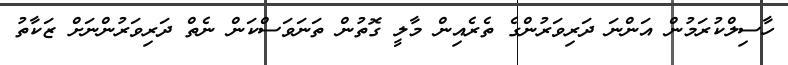
ހާސިލްކުރަމުން އަންނަ ދަރިވަރުންގެ ތެރެއިން މާލީ ގޮތުން ތަނަވަސްކަން ނެތް ދަރިވަރުންނަށް ޒަކާތު